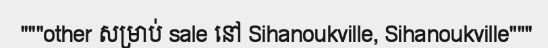
"""other សម្រាប់ sale នៅ Sihanoukville, Sihanoukville"""